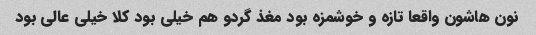
نون هاشون واقعا تازه و خوشمزه بود مغذ گردو هم خیلی بود کلا خیلی عالی بود